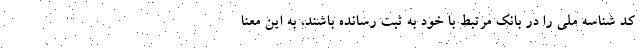
کد شناسه ملی را در بانک مرتبط با خود به ثبت رسانده باشند، به این معنا